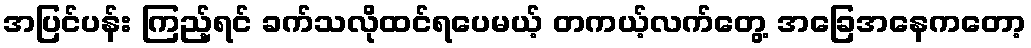
အပြင်ပန်း ကြည့်ရင် ခက်သလိုထင်ရပေမယ့် တကယ့်လက်တွေ့ အခြေအနေကတော့